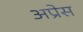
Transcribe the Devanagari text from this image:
अप्रेस